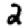
Digit: 2